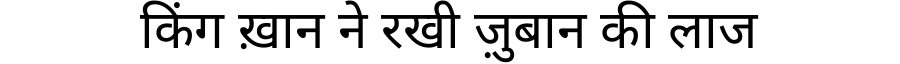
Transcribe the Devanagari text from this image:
किंग ख़ान ने रखी ज़ुबान की लाज